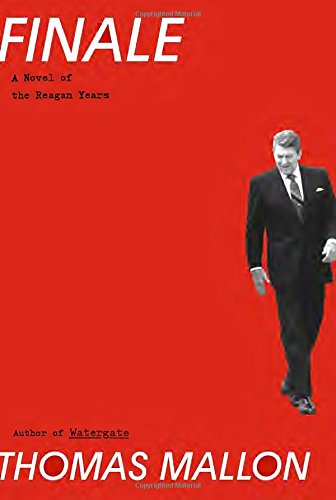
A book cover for Finale: A Novel of the Reagan Years; Thomas Mallon; Literature & Fiction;